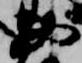
勘